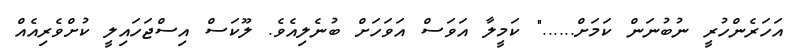
އަހަރެންހުރީ ނުބުނަން ކަމަށް......" ކަމީލާ އަވަސް އަވަހަށް ބުނެލިއެވެ. ލޫކަސް އިސްޖަހައިލީ ކުށްވެރިއެއް